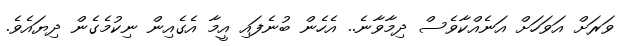
ވަރަށް އަވަހަށް އަނެއްކާވެސް ދިމާވާނެ.. އެހެން ބުނެފައި އީމާ އެގެއިން ނިކުމެގެން ދިޔައެވެ.